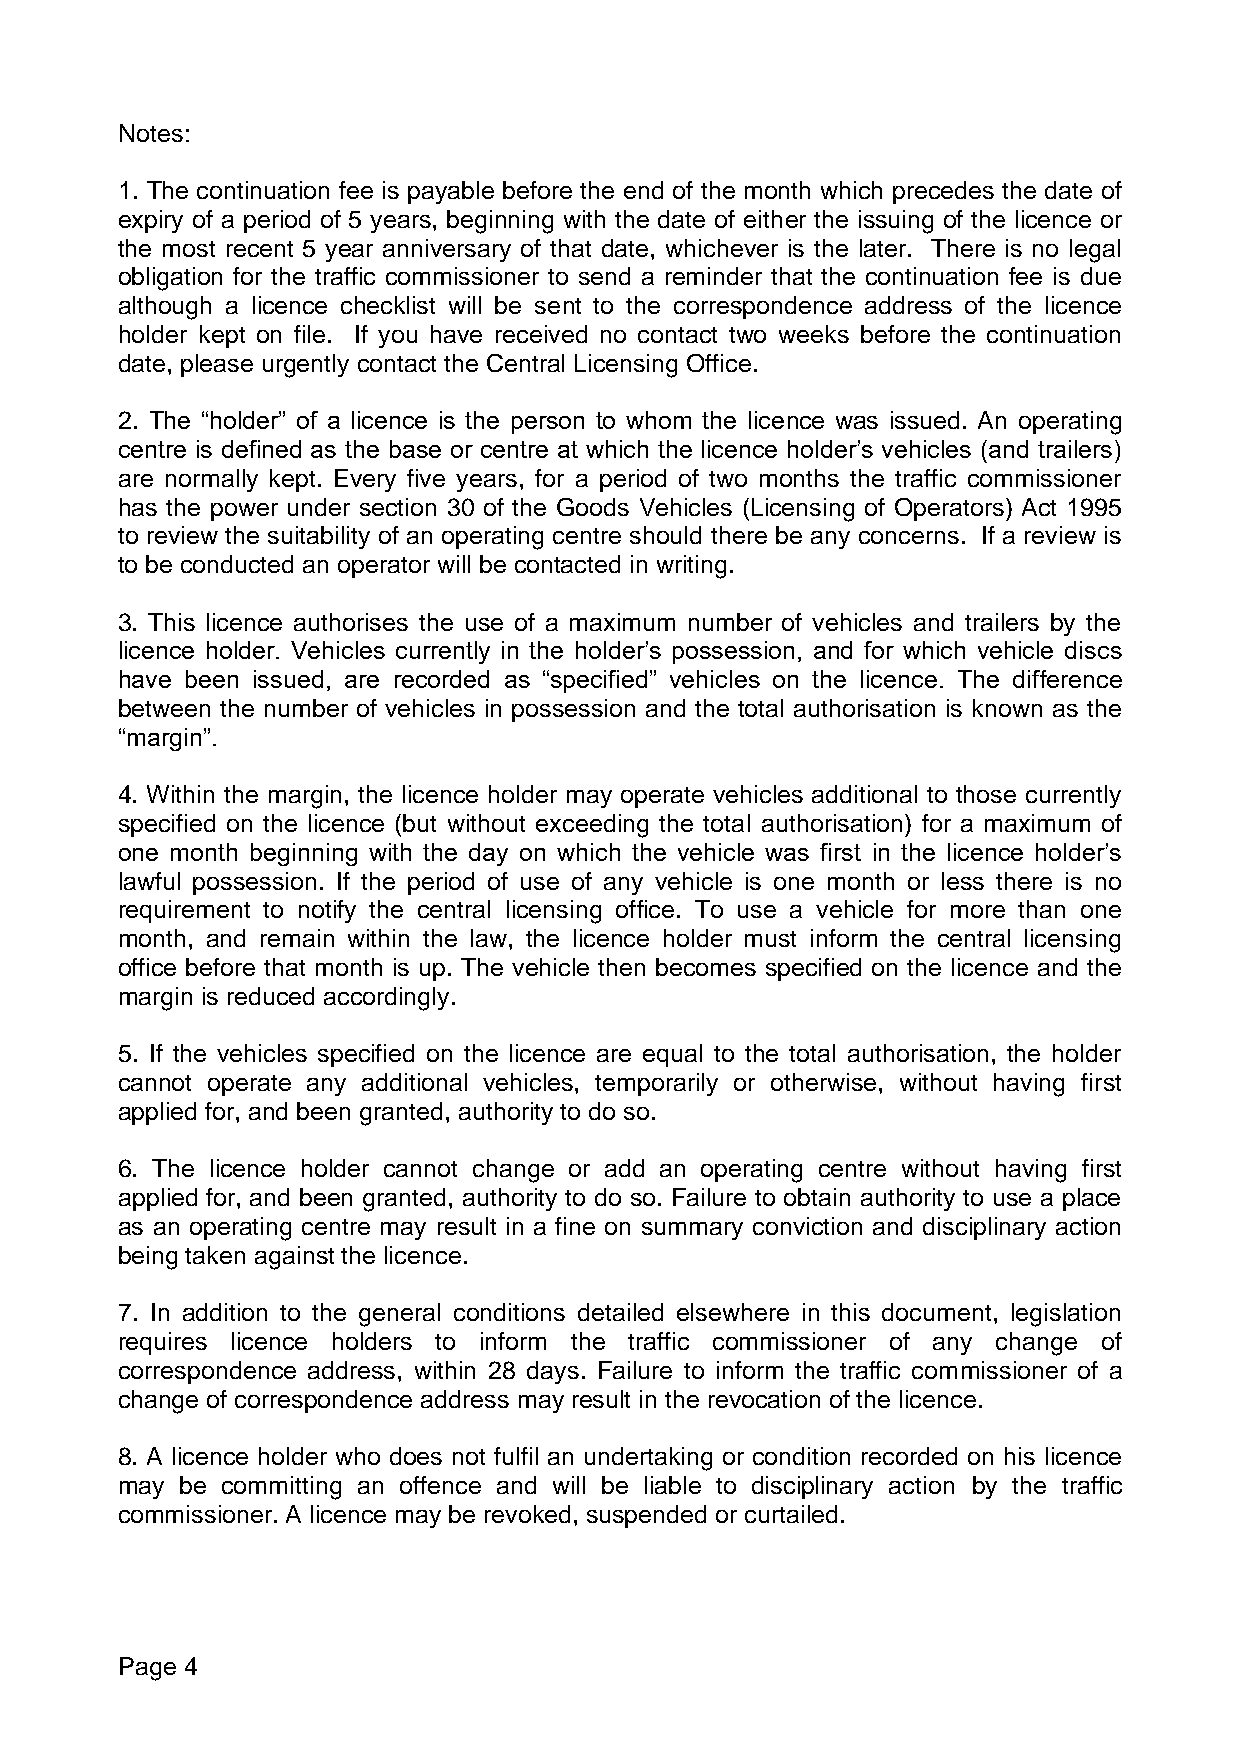
Notes:
 1. The continuation fee is payable before the end of the month which precedes the date of
 expiry of a period of 5 years, beginning with the date of either the issuing of the licence or
 the most recent 5 year anniversary of that date, whichever is the later. There is no legal
 obligation for the traffic commissioner to send a reminder that the continuation fee is due
 although a licence checklist will be sent to the correspondence address of the licence
 holder kept on file. If you have received no contact two weeks before the continuation
 date, please urgently contact the Central Licensing Office.
 2. The “holder” of a licence is the person to whom the licence was issued. An operating
 centre is defined as the base or centre at which the licence holder’s vehicles (and trailers)
 are normally kept. Every five years, for a period of two months the traffic commissioner
 has the power under section 30 of the Goods Vehicles (Licensing of Operators) Act 1995
 to review the suitability of an operating centre should there be any concerns. If a review is
 to be conducted an operator will be contacted in writing.
 3. This licence authorises the use of a maximum number of vehicles and trailers by the
 licence holder. Vehicles currently in the holder’s possession, and for which vehicle discs
 have been issued, are recorded as “specified” vehicles on the licence. The difference
 between the number of vehicles in possession and the total authorisation is known as the
 “margin”.
 4. Within the margin, the licence holder may operate vehicles additional to those currently
 specified on the licence (but without exceeding the total authorisation) for a maximum of
 one month beginning with the day on which the vehicle was first in the licence holder’s
 lawful possession. If the period of use of any vehicle is one month or less there is no
 requirement to notify the central licensing office. To use a vehicle for more than one
 month, and remain within the law, the licence holder must inform the central licensing
 office before that month is up. The vehicle then becomes specified on the licence and the
 margin is reduced accordingly.
 5. If the vehicles specified on the licence are equal to the total authorisation, the holder
 cannot operate any additional vehicles, temporarily or otherwise, without having first
 applied for, and been granted, authority to do so.
 6. The licence holder cannot change or add an operating centre without having first
 applied for, and been granted, authority to do so. Failure to obtain authority to use a place
 as an operating centre may result in a fine on summary conviction and disciplinary action
 being taken against the licence.
 7. In addition to the general conditions detailed elsewhere in this document, legislation
 requires licence holders to inform the traffic commissioner of any change of
 correspondence address, within 28 days. Failure to inform the traffic commissioner of a
 change of correspondence address may result in the revocation of the licence.
 8. A licence holder who does not fulfil an undertaking or condition recorded on his licence
 may be committing an offence and will be liable to disciplinary action by the traffic
 commissioner. A licence may be revoked, suspended or curtailed.
 Page 4